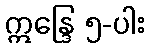
ဣန္ဒြေ ၅-ပါး